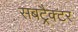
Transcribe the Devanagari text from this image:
सबट्रैक्टर